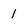
Character: 1